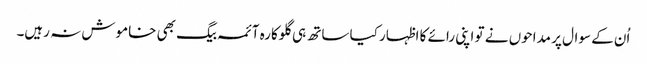
اُن کے سوال پر مداحوں نے تو اپنی رائے کا اظہار کیا ساتھ ہی گلوکارہ آئمہ بیگ بھی خاموش نہ رہیں۔